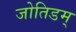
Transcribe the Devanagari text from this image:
जोतिडम्